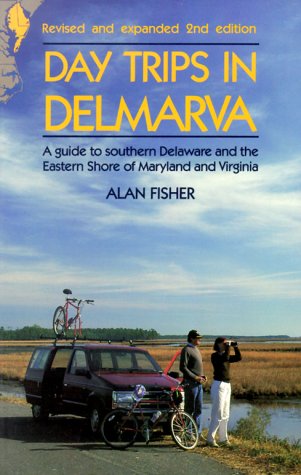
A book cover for Day Trips in Delmarva; Alan Fisher; Travel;